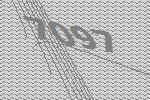
7097